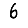
Digit: 6